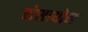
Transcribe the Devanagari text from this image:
प्रोसायोन